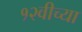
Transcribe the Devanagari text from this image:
१२वीच्या